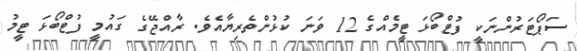
ސަޕޯޓަރުންނަކީ ފުޓްބޯޅަ ޓީމެއްގެ 12 ވަނަ ކުޅުންތެރިޔާއެވެ. ރާއްޖޭގެ ގައުމީ ފުޓްބޯޅަ ޓީމު